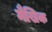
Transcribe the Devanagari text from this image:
मैखिक